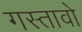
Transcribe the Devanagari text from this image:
गस्तावो